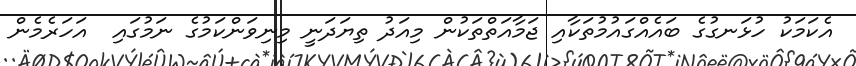
އެކަމަކު ހުޅަނގުގެ ބައެއްގައުމުތަކާއި ޖަމާއަތްތަކުން މިއަދު ތިޔަދަނީ މިނިވަންކަމުގެ ނަމުގައި  އަހަރެމެން